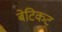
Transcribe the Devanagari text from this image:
बेटिकट